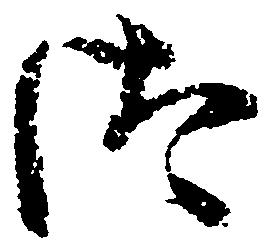
汰